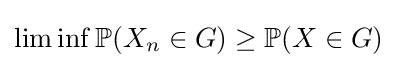
\lim \inf \mathbb {P} (X_{n}\in G)\geq \mathbb {P} (X\in G)